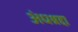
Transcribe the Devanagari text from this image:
अंधश्रद्दा